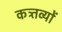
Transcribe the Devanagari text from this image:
कत्र्तव्यों